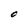
Character: O